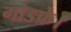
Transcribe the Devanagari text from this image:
गोडफ्रे।